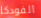
الفودكا